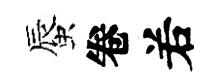
蜃卷𠰥